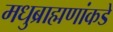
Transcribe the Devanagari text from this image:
मधुब्राह्मणांकडे